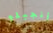
أنجيلو